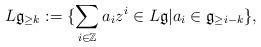
LaTeX: \begin{align*}L \mathfrak{g}_{\geq k}:= \{\sum_{i \in \mathbb{Z}} a_i z^i \in L \mathfrak{g} | a_i \in \mathfrak{g}_{\geq i-k} \},\end{align*}